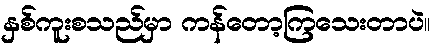
နှစ်ကူးစသည်မှာ ကန်တော့ကြသေးတာပဲ။